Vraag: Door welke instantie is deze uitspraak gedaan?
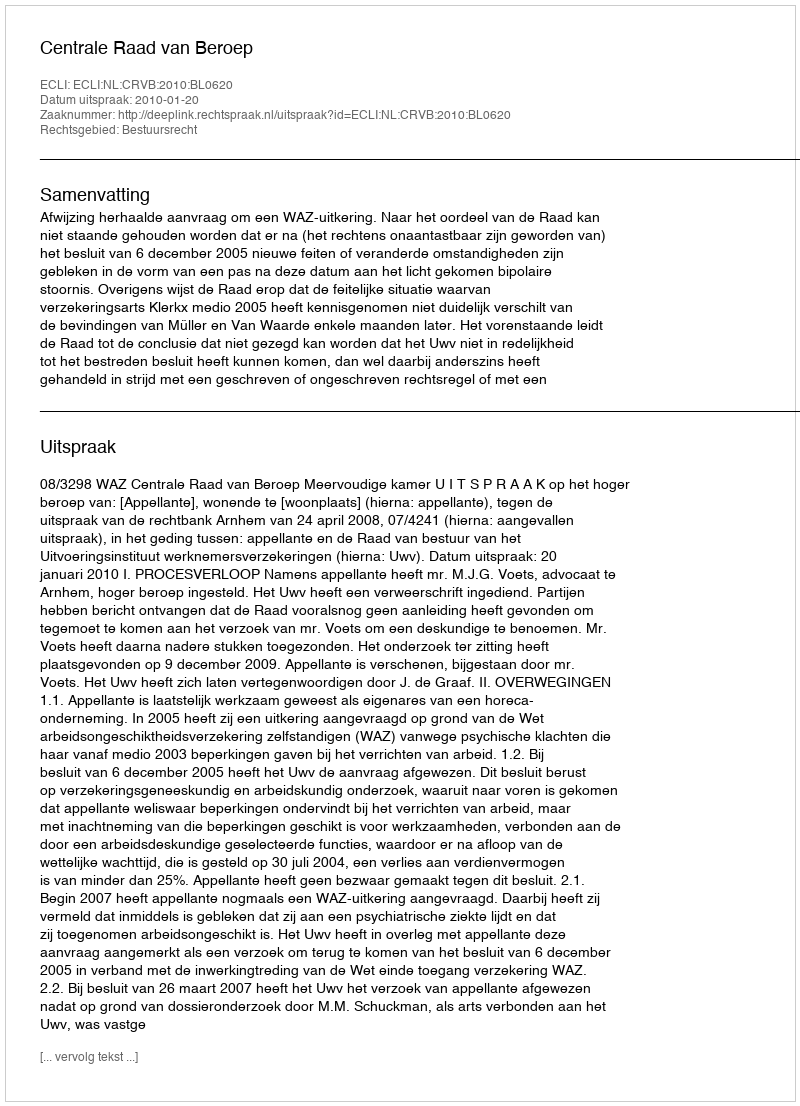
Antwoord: Centrale Raad van Beroep